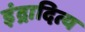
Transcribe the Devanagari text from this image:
इंद्रादित्य